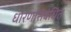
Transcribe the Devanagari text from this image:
धोरणांसंबंधित